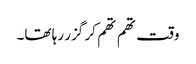
وقت تھم تھم کر گزر رہا تھا۔